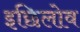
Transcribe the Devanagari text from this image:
इछिलोव